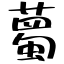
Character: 薥